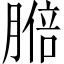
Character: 𦟋